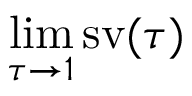
\operatorname* { l i m } _ { \tau \rightarrow 1 } \operatorname { s v } ( \tau )